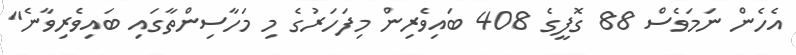
އެހެން ނަމަވެސް 88 ގޮފީގެ 408 ބައިވެރިން މިފަހަރުގެ މި މަހާސިންތާގައި ބައިވެރިވާނެ"